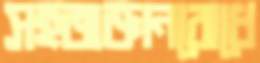
সহজজ্ঞানবোধে